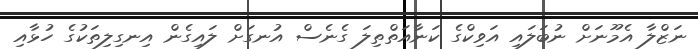
ނަޒްލާ އެމޫނަށް ނުބަލައި އަވިކްގެ ކަނާއަތްތިލަ ގެނެސް އުނގަށް ލައިގެން އިނގިލިތަކުގެ ހުޅާއި